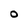
Character: O